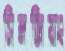
সিনজিয়াং